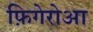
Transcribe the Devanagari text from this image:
फ़िगेरोआ